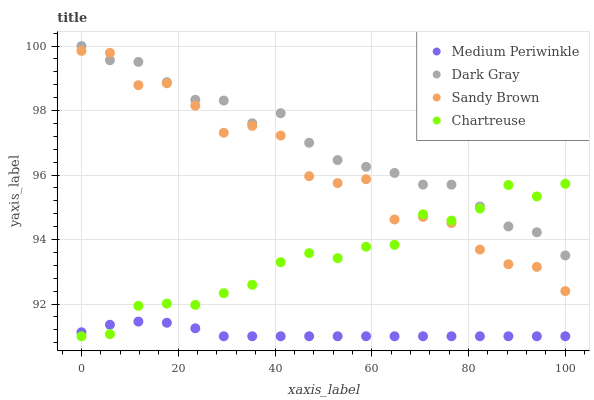
| xaxis_label | Medium Periwinkle | Dark Gray | Sandy Brown | Chartreuse |
 | --- | --- | --- | --- | --- |
 | 0 | 91.1 | 100 | 99.8 | 91 |
 | 5.88 | 91.4 | 99.6 | 99.8 | 91.1 |
 | 11.8 | 91.5 | 99.5 | 98.8 | 91.9 |
 | 17.6 | 91.4 | 98.9 | 98.8 | 92 |
 | 23.5 | 91.2 | 98.3 | 98.1 | 92 |
 | 29.4 | 91 | 98.3 | 97.3 | 92.3 |
 | 35.3 | 91 | 97.6 | 97.5 | 92.6 |
 | 41.2 | 91 | 97.9 | 97.2 | 93.3 |
 | 47.1 | 91 | 97 | 96 | 93.6 |
 | 52.9 | 91 | 96.5 | 95.7 | 93.4 |
 | 58.8 | 91 | 96.3 | 95.9 | 93.8 |
 | 64.7 | 91 | 96.1 | 94.6 | 93.8 |
 | 70.6 | 91 | 95.7 | 94.7 | 94.8 |
 | 76.5 | 91 | 95.7 | 94.5 | 94.6 |
 | 82.4 | 91 | 95 | 93.7 | 95 |
 | 88.2 | 91 | 94.4 | 93.2 | 95.7 |
 | 94.1 | 91 | 94.2 | 93.2 | 95.3 |
 | 100 | 91 | 93.5 | 92.4 | 95.7 |